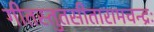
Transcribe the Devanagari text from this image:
गीतस्तुतसीतारामचन्द्रः